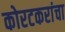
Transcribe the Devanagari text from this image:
कोरटकरांचा